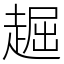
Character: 䞷